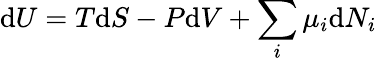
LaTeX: \mathrm{d}U=T\mathrm{d}S-P\mathrm{d}V+\sum_{i}\mu_{i}\mathrm{d}N_{i}\,